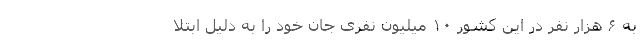
به ۶ هزار نفر در این کشور ۱۰ میلیون نفری جان خود را به دلیل ابتلا